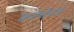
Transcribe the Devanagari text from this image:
कराधेयता